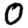
Digit: 0